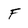
Character: F